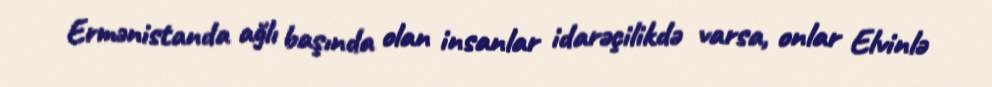
Ermənistanda ağlı başında olan insanlar idarəçilikdə varsa, onlar Elvinlə